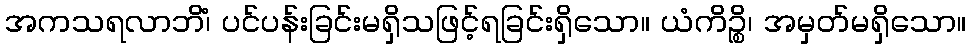
အကသရလာဘိံ၊ ပင်ပန်းခြင်းမရှိသဖြင့်ရခြင်းရှိသော။ ယံကိဉ္စိ၊ အမှတ်မရှိသော။